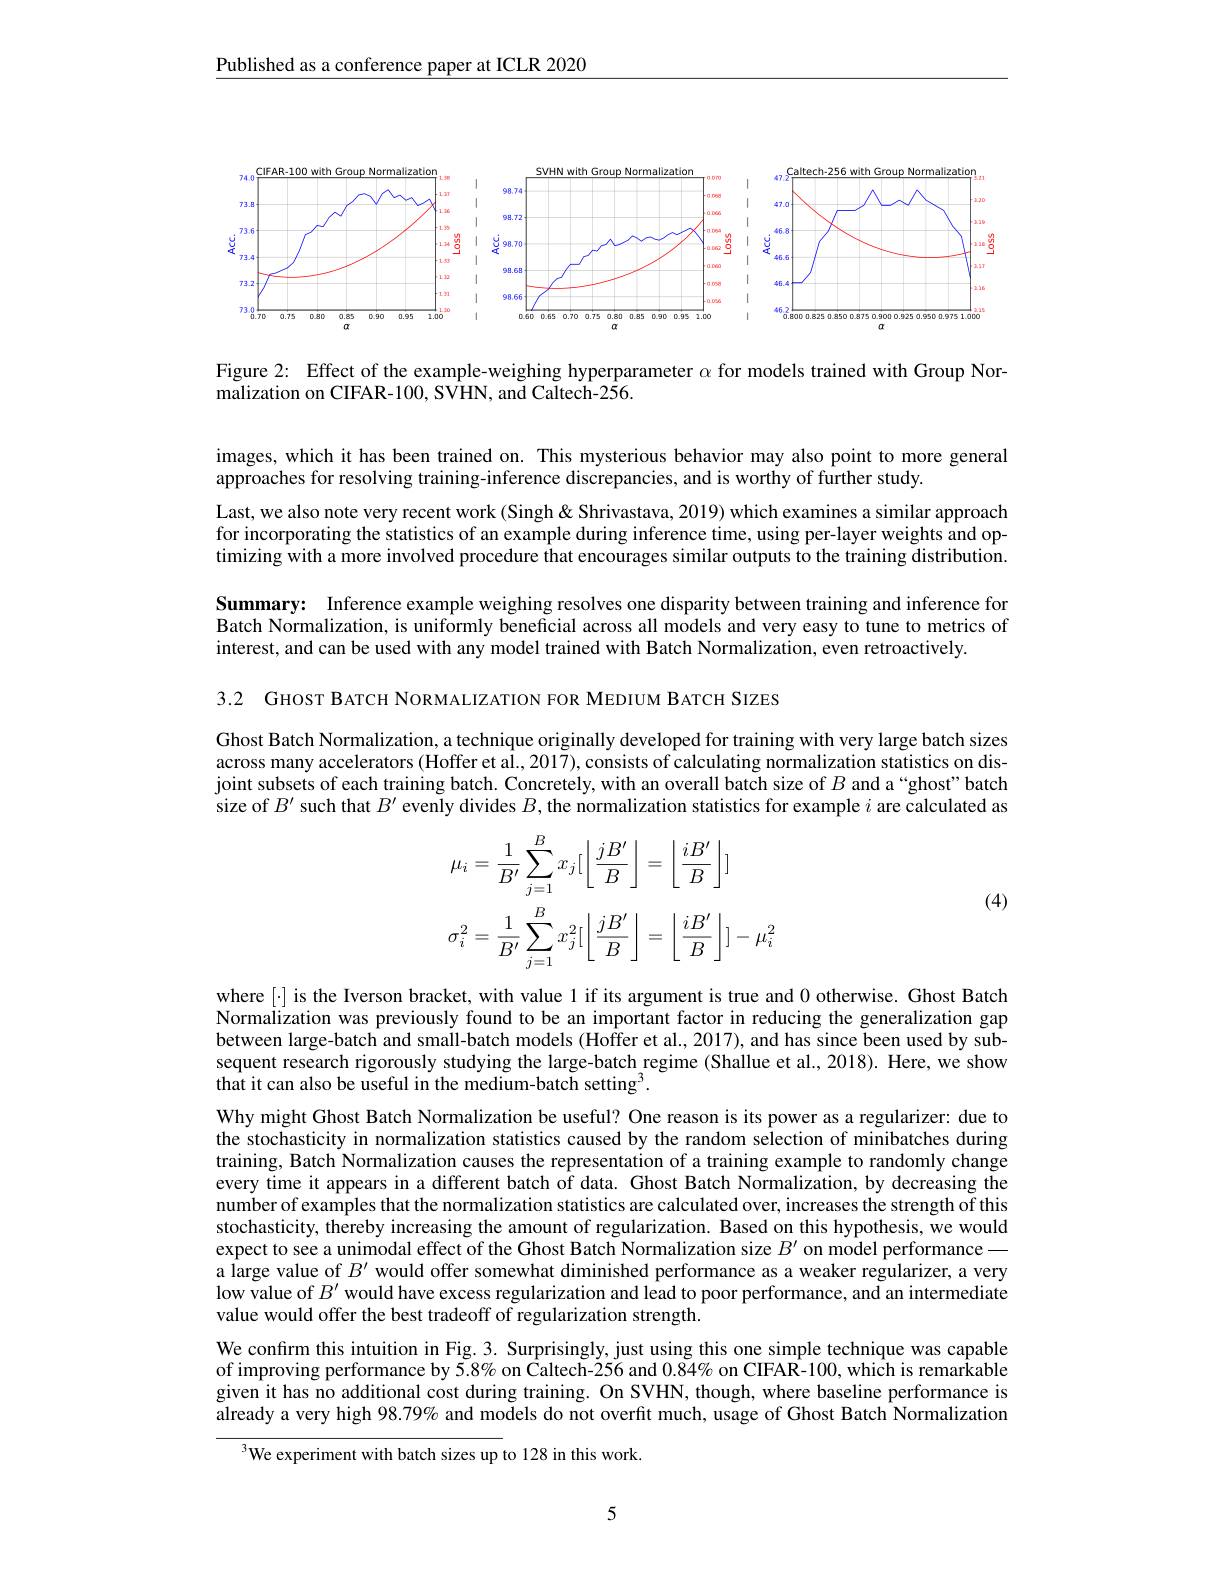
$\underline{\text{Published as a conference paper at ICLR 2020}}$

<FigureHere>

Figure 2: Effect of the example-weighing hyperparameter $\alpha$ for models trained with Group Nor-
malization on CIFAR-100, SVHN, and Caltech-256.

images, which it has been trained on. This mysterious behavior may also point to more general
approaches for resolving training-inference discrepancies, and is worthy of further study.

Last, we also note very recent work (Singh& Shrivastava, 2019) which examines a similar approach for incorporating the statistics of an example during inference time, using per-layer weights and optimizing with a more involved procedure that encourages similar outputs to the training distribution. Summary: Inference example weighing resolves one disparity between training and inference for Batch Normalization, is uniformly beneficial across all models and very easy to tune to metrics of interest, and can be used with any model trained with Batch Normalization, even retroactively.

3.2 GHOST BATCH NORMALIZATION FOR MEDIUM BATCH SIZES

Ghost Batch Normalization, a technique originally developed for training with very large batch sizes across many accelerators (Hoffer et al., 2017), consists of calculating normalization statistics on disjoint subsets of each training batch. Concretely, with an overall batch size of $B$ and a“ghost” batch size of $B^\prime$ such that $B^\prime$ evenly divides $B$, the normalization statistics for example $i$ are calculated as

(4)
$$\begin{aligned}&\mu_{i}=\frac{1}{B^{\prime}}\sum_{j=1}^{B}x_{j}[\left\lfloor\frac{jB^{\prime}}{B}\right\rfloor=\left\lfloor\frac{iB^{\prime}}{B}\right\rfloor]\\&\sigma_{i}^{2}=\frac{1}{B^{\prime}}\sum_{j=1}^{B}x_{j}^{2}[\left\lfloor\frac{jB^{\prime}}{B}\right\rfloor=\left\lfloor\frac{iB^{\prime}}{B}\right\rfloor]-\mu_{i}^{2}\end{aligned}$$
where [·] is the Iverson bracket, with value 1 if its argument is true and 0 otherwise. Ghost Batch Normalization was previously found to be an important factor in reducing the generalization gap between large-batch and small-batch models (Hoffer et al., 2017), and has since been used by subsequent research rigorously studying the large-batch regime (Shallue et al., 2018). Here, we show that it can also be useful in the medium-batch setting$^3.$

Why might Ghost Batch Normalization be useful? One reason is its power as a regularizer: due to the stochasticity in normalization statistics caused by the random selection of minibatches during training, Batch Normalization causes the representation of a training example to randomly change every time it appears in a different batch of data. Ghost Batch Normalization, by decreasing the number of examples that the normalization statistics are calculated over, increases the strength of this stochasticity, thereby increasing the amount of regularization. Based on this hypothesis, we would expect to see a unimodal effect of the Ghost Batch Normalization size $B^{\prime}$ on model performance
a large value of $B^{\prime}$ would offer somewhat diminished performance as a weaker regularizer, a very low value of $B^{\prime}$ would have excess regularization and lead to poor performance, and an intermediate value would offer the best tradeoff of regularization strength.
We confırm this intuition in Fig. 3. Surprisingly, just using this one simple technique was capable of improving performance by 5.8% on Caltech-256 and 0.84% on CIFAR-100, which is remarkable given it has no additional cost during training. On SVHN, though, where baseline performance is already a very high 98.79% and models do not overfit much, usage of Ghost Batch Normalization
$^{3}$We experiment with batch sizes up to 128 in this work.

5